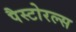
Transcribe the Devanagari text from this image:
पैस्टोरल्स